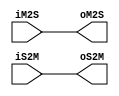
`timescale 1ns/1ps
`default_nettype none
// PLEASE READ THIS, IT MAY SAVE YOU SOME TIME AND MONEY, THANK YOU!
// * This file was generated by Quokka FPGA Toolkit.
// * Generated code is your property, do whatever you want with it
// * Place custom code between [BEGIN USER ***] and [END USER ***].
// * CAUTION: All code outside of [USER] scope is subject to regeneration.
// * Bad things happen sometimes in developer's life,
//   it is recommended to use source control management software (e.g. git, bzr etc) to keep your custom code safe'n'sound.
// * Internal structure of code is subject to change.
//   You can use some of signals in custom code, but most likely they will not exist in future (e.g. will get shorter or gone completely)
// * Please send your feedback, comments, improvement ideas etc. to evmuryshkin@gmail.com
// * Visit https://github.com/EvgenyMuryshkin/QuokkaEvaluation to access latest version of playground
//
// DISCLAIMER:
//   Code comes AS-IS, it is your responsibility to make sure it is working as expected
//   no responsibility will be taken for any loss or damage caused by use of Quokka toolkit.
//
// System configuration name is AXISoCQuadCoreModule_TopLevel_cpu0IOGateway, clock frequency is 1Hz, Embedded
// FSM summary
// -- Packages
module AXISoCQuadCoreModule_TopLevel_cpu0IOGateway
(
	// [BEGIN USER PORTS]
	// [END USER PORTS]
	input wire [221:0] iM2S,
	input wire [73:0] iS2M,
	output wire [221:0] oM2S,
	output wire [73:0] oS2M
);
	// [BEGIN USER SIGNALS]
	// [END USER SIGNALS]
	localparam HiSignal = 1'b1;
	localparam LoSignal = 1'b0;
	wire Zero = 1'b0;
	wire One = 1'b1;
	wire true = 1'b1;
	wire false = 1'b0;
	wire [7: 0] Inputs_iM2S_R_AR_ARID;
	wire [31: 0] Inputs_iM2S_R_AR_ARADDR;
	wire [7: 0] Inputs_iM2S_R_AR_ARLEN;
	wire [2: 0] Inputs_iM2S_R_AR_ARSIZE;
	wire [1: 0] Inputs_iM2S_R_AR_ARBURST;
	wire [1: 0] Inputs_iM2S_R_AR_ARLOCK;
	wire [3: 0] Inputs_iM2S_R_AR_ARCACHE;
	wire [2: 0] Inputs_iM2S_R_AR_ARPROT;
	wire [3: 0] Inputs_iM2S_R_AR_ARQOS;
	wire [7: 0] Inputs_iM2S_R_AR_ARREGION;
	wire [7: 0] Inputs_iM2S_R_AR_ARUSER;
	wire Inputs_iM2S_R_AR_ARVALID;
	wire Inputs_iM2S_R_R_RREADY;
	wire [7: 0] Inputs_iM2S_W_AW_AWID;
	wire [31: 0] Inputs_iM2S_W_AW_AWADDR;
	wire [7: 0] Inputs_iM2S_W_AW_AWLEN;
	wire [2: 0] Inputs_iM2S_W_AW_AWSIZE;
	wire [1: 0] Inputs_iM2S_W_AW_AWBURST;
	wire [1: 0] Inputs_iM2S_W_AW_AWLOCK;
	wire [3: 0] Inputs_iM2S_W_AW_AWCACHE;
	wire [2: 0] Inputs_iM2S_W_AW_AWPROT;
	wire [3: 0] Inputs_iM2S_W_AW_AWQOS;
	wire [7: 0] Inputs_iM2S_W_AW_AWREGION;
	wire [7: 0] Inputs_iM2S_W_AW_AWUSER;
	wire Inputs_iM2S_W_AW_AWVALID;
	wire [7: 0] Inputs_iM2S_W_W_WID;
	wire [3: 0] Inputs_iM2S_W_W_WSTRB;
	wire Inputs_iM2S_W_W_WLAST;
	wire [7: 0] Inputs_iM2S_W_W_WUSER;
	wire Inputs_iM2S_W_W_WVALID;
	wire Inputs_iM2S_W_B_BREADY;
	wire Inputs_iS2M_R_AR_ARREADY;
	wire [7: 0] Inputs_iS2M_R_R_RID;
	wire [1: 0] Inputs_iS2M_R_R_RRESP;
	wire Inputs_iS2M_R_R_RLAST;
	wire [7: 0] Inputs_iS2M_R_R_RUSER;
	wire Inputs_iS2M_R_R_RVALID;
	wire Inputs_iS2M_W_AW_AWREADY;
	wire [7: 0] Inputs_iS2M_W_B_BID;
	wire [1: 0] Inputs_iS2M_W_B_BRESP;
	wire [7: 0] Inputs_iS2M_W_B_BUSER;
	wire Inputs_iS2M_W_B_BVALID;
	wire Inputs_iS2M_W_W_WREADY;
	wire [7 : 0] Inputs_iM2S_W_W_WDATA [0 : 3];
	wire [7 : 0] Inputs_iS2M_R_R_RDATA [0 : 3];
	assign Inputs_iM2S_W_B_BREADY = iM2S[221];
	assign Inputs_iM2S_W_W_WVALID = iM2S[220];
	assign Inputs_iM2S_W_W_WUSER = iM2S[219:212];
	assign Inputs_iM2S_W_W_WLAST = iM2S[211];
	assign Inputs_iM2S_W_W_WSTRB = iM2S[210:207];
	assign Inputs_iM2S_W_W_WDATA[3] = iM2S[206:199];
	assign Inputs_iM2S_W_W_WDATA[2] = iM2S[198:191];
	assign Inputs_iM2S_W_W_WDATA[1] = iM2S[190:183];
	assign Inputs_iM2S_W_W_WDATA[0] = iM2S[182:175];
	assign Inputs_iM2S_W_W_WID = iM2S[174:167];
	assign Inputs_iM2S_W_AW_AWVALID = iM2S[166];
	assign Inputs_iM2S_W_AW_AWUSER = iM2S[165:158];
	assign Inputs_iM2S_W_AW_AWREGION = iM2S[157:150];
	assign Inputs_iM2S_W_AW_AWQOS = iM2S[149:146];
	assign Inputs_iM2S_W_AW_AWPROT = iM2S[145:143];
	assign Inputs_iM2S_W_AW_AWCACHE = iM2S[142:139];
	assign Inputs_iM2S_W_AW_AWLOCK = iM2S[138:137];
	assign Inputs_iM2S_W_AW_AWBURST = iM2S[136:135];
	assign Inputs_iM2S_W_AW_AWSIZE = iM2S[134:132];
	assign Inputs_iM2S_W_AW_AWLEN = iM2S[131:124];
	assign Inputs_iM2S_W_AW_AWADDR = iM2S[123:92];
	assign Inputs_iM2S_W_AW_AWID = iM2S[91:84];
	assign Inputs_iM2S_R_R_RREADY = iM2S[83];
	assign Inputs_iM2S_R_AR_ARVALID = iM2S[82];
	assign Inputs_iM2S_R_AR_ARUSER = iM2S[81:74];
	assign Inputs_iM2S_R_AR_ARREGION = iM2S[73:66];
	assign Inputs_iM2S_R_AR_ARQOS = iM2S[65:62];
	assign Inputs_iM2S_R_AR_ARPROT = iM2S[61:59];
	assign Inputs_iM2S_R_AR_ARCACHE = iM2S[58:55];
	assign Inputs_iM2S_R_AR_ARLOCK = iM2S[54:53];
	assign Inputs_iM2S_R_AR_ARBURST = iM2S[52:51];
	assign Inputs_iM2S_R_AR_ARSIZE = iM2S[50:48];
	assign Inputs_iM2S_R_AR_ARLEN = iM2S[47:40];
	assign Inputs_iM2S_R_AR_ARADDR = iM2S[39:8];
	assign Inputs_iM2S_R_AR_ARID = iM2S[7:0];
	assign Inputs_iS2M_W_W_WREADY = iS2M[73];
	assign Inputs_iS2M_W_B_BVALID = iS2M[72];
	assign Inputs_iS2M_W_B_BUSER = iS2M[71:64];
	assign Inputs_iS2M_W_B_BRESP = iS2M[63:62];
	assign Inputs_iS2M_W_B_BID = iS2M[61:54];
	assign Inputs_iS2M_W_AW_AWREADY = iS2M[53];
	assign Inputs_iS2M_R_R_RVALID = iS2M[52];
	assign Inputs_iS2M_R_R_RUSER = iS2M[51:44];
	assign Inputs_iS2M_R_R_RLAST = iS2M[43];
	assign Inputs_iS2M_R_R_RRESP = iS2M[42:41];
	assign Inputs_iS2M_R_R_RDATA[3] = iS2M[40:33];
	assign Inputs_iS2M_R_R_RDATA[2] = iS2M[32:25];
	assign Inputs_iS2M_R_R_RDATA[1] = iS2M[24:17];
	assign Inputs_iS2M_R_R_RDATA[0] = iS2M[16:9];
	assign Inputs_iS2M_R_R_RID = iS2M[8:1];
	assign Inputs_iS2M_R_AR_ARREADY = iS2M[0];
	assign oM2S[221] = Inputs_iM2S_W_B_BREADY;
	assign oM2S[220] = Inputs_iM2S_W_W_WVALID;
	assign oM2S[219:212] = Inputs_iM2S_W_W_WUSER;
	assign oM2S[211] = Inputs_iM2S_W_W_WLAST;
	assign oM2S[210:207] = Inputs_iM2S_W_W_WSTRB;
	assign oM2S[206:199] = Inputs_iM2S_W_W_WDATA[3];
	assign oM2S[198:191] = Inputs_iM2S_W_W_WDATA[2];
	assign oM2S[190:183] = Inputs_iM2S_W_W_WDATA[1];
	assign oM2S[182:175] = Inputs_iM2S_W_W_WDATA[0];
	assign oM2S[174:167] = Inputs_iM2S_W_W_WID;
	assign oM2S[166] = Inputs_iM2S_W_AW_AWVALID;
	assign oM2S[165:158] = Inputs_iM2S_W_AW_AWUSER;
	assign oM2S[157:150] = Inputs_iM2S_W_AW_AWREGION;
	assign oM2S[149:146] = Inputs_iM2S_W_AW_AWQOS;
	assign oM2S[145:143] = Inputs_iM2S_W_AW_AWPROT;
	assign oM2S[142:139] = Inputs_iM2S_W_AW_AWCACHE;
	assign oM2S[138:137] = Inputs_iM2S_W_AW_AWLOCK;
	assign oM2S[136:135] = Inputs_iM2S_W_AW_AWBURST;
	assign oM2S[134:132] = Inputs_iM2S_W_AW_AWSIZE;
	assign oM2S[131:124] = Inputs_iM2S_W_AW_AWLEN;
	assign oM2S[123:92] = Inputs_iM2S_W_AW_AWADDR;
	assign oM2S[91:84] = Inputs_iM2S_W_AW_AWID;
	assign oM2S[83] = Inputs_iM2S_R_R_RREADY;
	assign oM2S[82] = Inputs_iM2S_R_AR_ARVALID;
	assign oM2S[81:74] = Inputs_iM2S_R_AR_ARUSER;
	assign oM2S[73:66] = Inputs_iM2S_R_AR_ARREGION;
	assign oM2S[65:62] = Inputs_iM2S_R_AR_ARQOS;
	assign oM2S[61:59] = Inputs_iM2S_R_AR_ARPROT;
	assign oM2S[58:55] = Inputs_iM2S_R_AR_ARCACHE;
	assign oM2S[54:53] = Inputs_iM2S_R_AR_ARLOCK;
	assign oM2S[52:51] = Inputs_iM2S_R_AR_ARBURST;
	assign oM2S[50:48] = Inputs_iM2S_R_AR_ARSIZE;
	assign oM2S[47:40] = Inputs_iM2S_R_AR_ARLEN;
	assign oM2S[39:8] = Inputs_iM2S_R_AR_ARADDR;
	assign oM2S[7:0] = Inputs_iM2S_R_AR_ARID;
	assign oS2M[73] = Inputs_iS2M_W_W_WREADY;
	assign oS2M[72] = Inputs_iS2M_W_B_BVALID;
	assign oS2M[71:64] = Inputs_iS2M_W_B_BUSER;
	assign oS2M[63:62] = Inputs_iS2M_W_B_BRESP;
	assign oS2M[61:54] = Inputs_iS2M_W_B_BID;
	assign oS2M[53] = Inputs_iS2M_W_AW_AWREADY;
	assign oS2M[52] = Inputs_iS2M_R_R_RVALID;
	assign oS2M[51:44] = Inputs_iS2M_R_R_RUSER;
	assign oS2M[43] = Inputs_iS2M_R_R_RLAST;
	assign oS2M[42:41] = Inputs_iS2M_R_R_RRESP;
	assign oS2M[40:33] = Inputs_iS2M_R_R_RDATA[3];
	assign oS2M[32:25] = Inputs_iS2M_R_R_RDATA[2];
	assign oS2M[24:17] = Inputs_iS2M_R_R_RDATA[1];
	assign oS2M[16:9] = Inputs_iS2M_R_R_RDATA[0];
	assign oS2M[8:1] = Inputs_iS2M_R_R_RID;
	assign oS2M[0] = Inputs_iS2M_R_AR_ARREADY;
	// [BEGIN USER ARCHITECTURE]
	// [END USER ARCHITECTURE]
endmodule